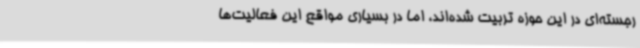
رجسته‌ای در این حوزه تربیت شده‌اند، اما در بسیاری مواقع این فعالیت‌ها